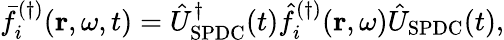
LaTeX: \bar{f}_{i}^{(\dagger)}(\mathbf{r},\omega,t)=\hat{U}_{\mathrm{SPDC}}^{\dagger}(t)\hat{f}_{i}^{(\dagger)}(\mathbf{r},\omega)\hat{U}_{\mathrm{SPDC}}(t),